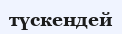
түскендей